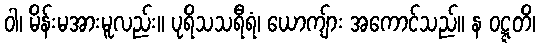
ဝါ၊ မိန်းမအားမူလည်း။ ပုရိသသရီရံ၊ ယောကျ်ား အကောင်သည်။ န ဝဋ္ဋတိ၊